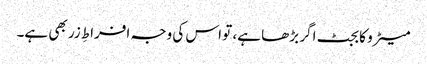
میٹرو کا بجٹ اگر بڑھا ہے، تو اس کی وجہ افراطِ زر بھی ہے۔